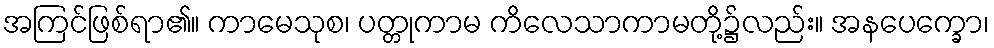
အကြင်ဖြစ်ရာ၏။ ကာမေသုစ၊ ပတ္တုကာမ ကိလေသာကာမတို့၌လည်း။ အနပေက္ခော၊